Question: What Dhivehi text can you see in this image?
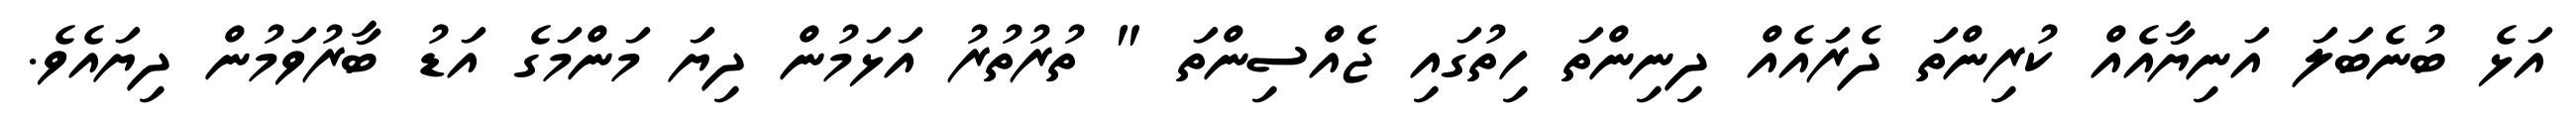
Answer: އަޅެ ބުނެބަލަ އަނިޔާއެއް ކުރިންތަ ދެރައެއް ދިނިންތަ ހިތުގައި ޖެއްސިންތަ " ތުރުތުރު އަޅަމުން ދިޔަ މަންމަގެ އަޑު ބާރުވަމުން ދިޔައެވެ.